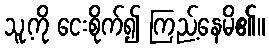
သူ့ကို ငေးစိုက်၍ ကြည့်နေမိ၏။